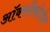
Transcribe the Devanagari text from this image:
ऑक्सीकोडोन